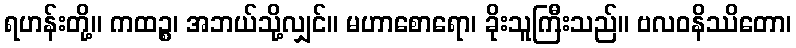
ရဟန်းတို့။ ကထဉ္စ၊ အဘယ်သို့လျှင်။ မဟာစောရော၊ ခိုးသူကြီးသည်။ ဗလဝနိဿိတော၊